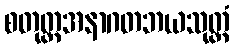
စတုတ္ထအနာဂတဘယသုတ္တံ